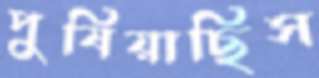
পুষিয়াছিস